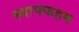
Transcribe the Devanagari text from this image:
स्वाफ्फहम